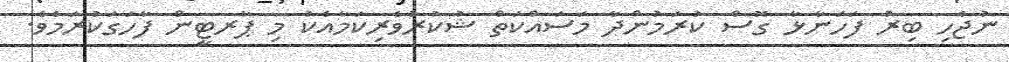
ނުޖެހި ބިރު ފަހަނާޅާ ގޮސް ކުރަމުންދާ މަސައްކަތް ޝުކުރުވެރިކަމާއެކު މި ޕާރޓީން ފާހަގަކުރަމެވެ.